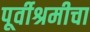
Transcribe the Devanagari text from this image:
पूर्वीश्रमीचा